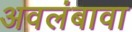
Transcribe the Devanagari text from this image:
अवलंबावा